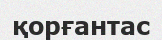
қорғантас